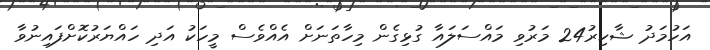
އަހުމަދު ޝާކިރު24 މަރުވި މައްސަލައާ ގުޅިގެން މިހާތަނަށް އެއްވެސް މީހަކު އަދި ހައްޔަރުކޮށްފައިނުވާ